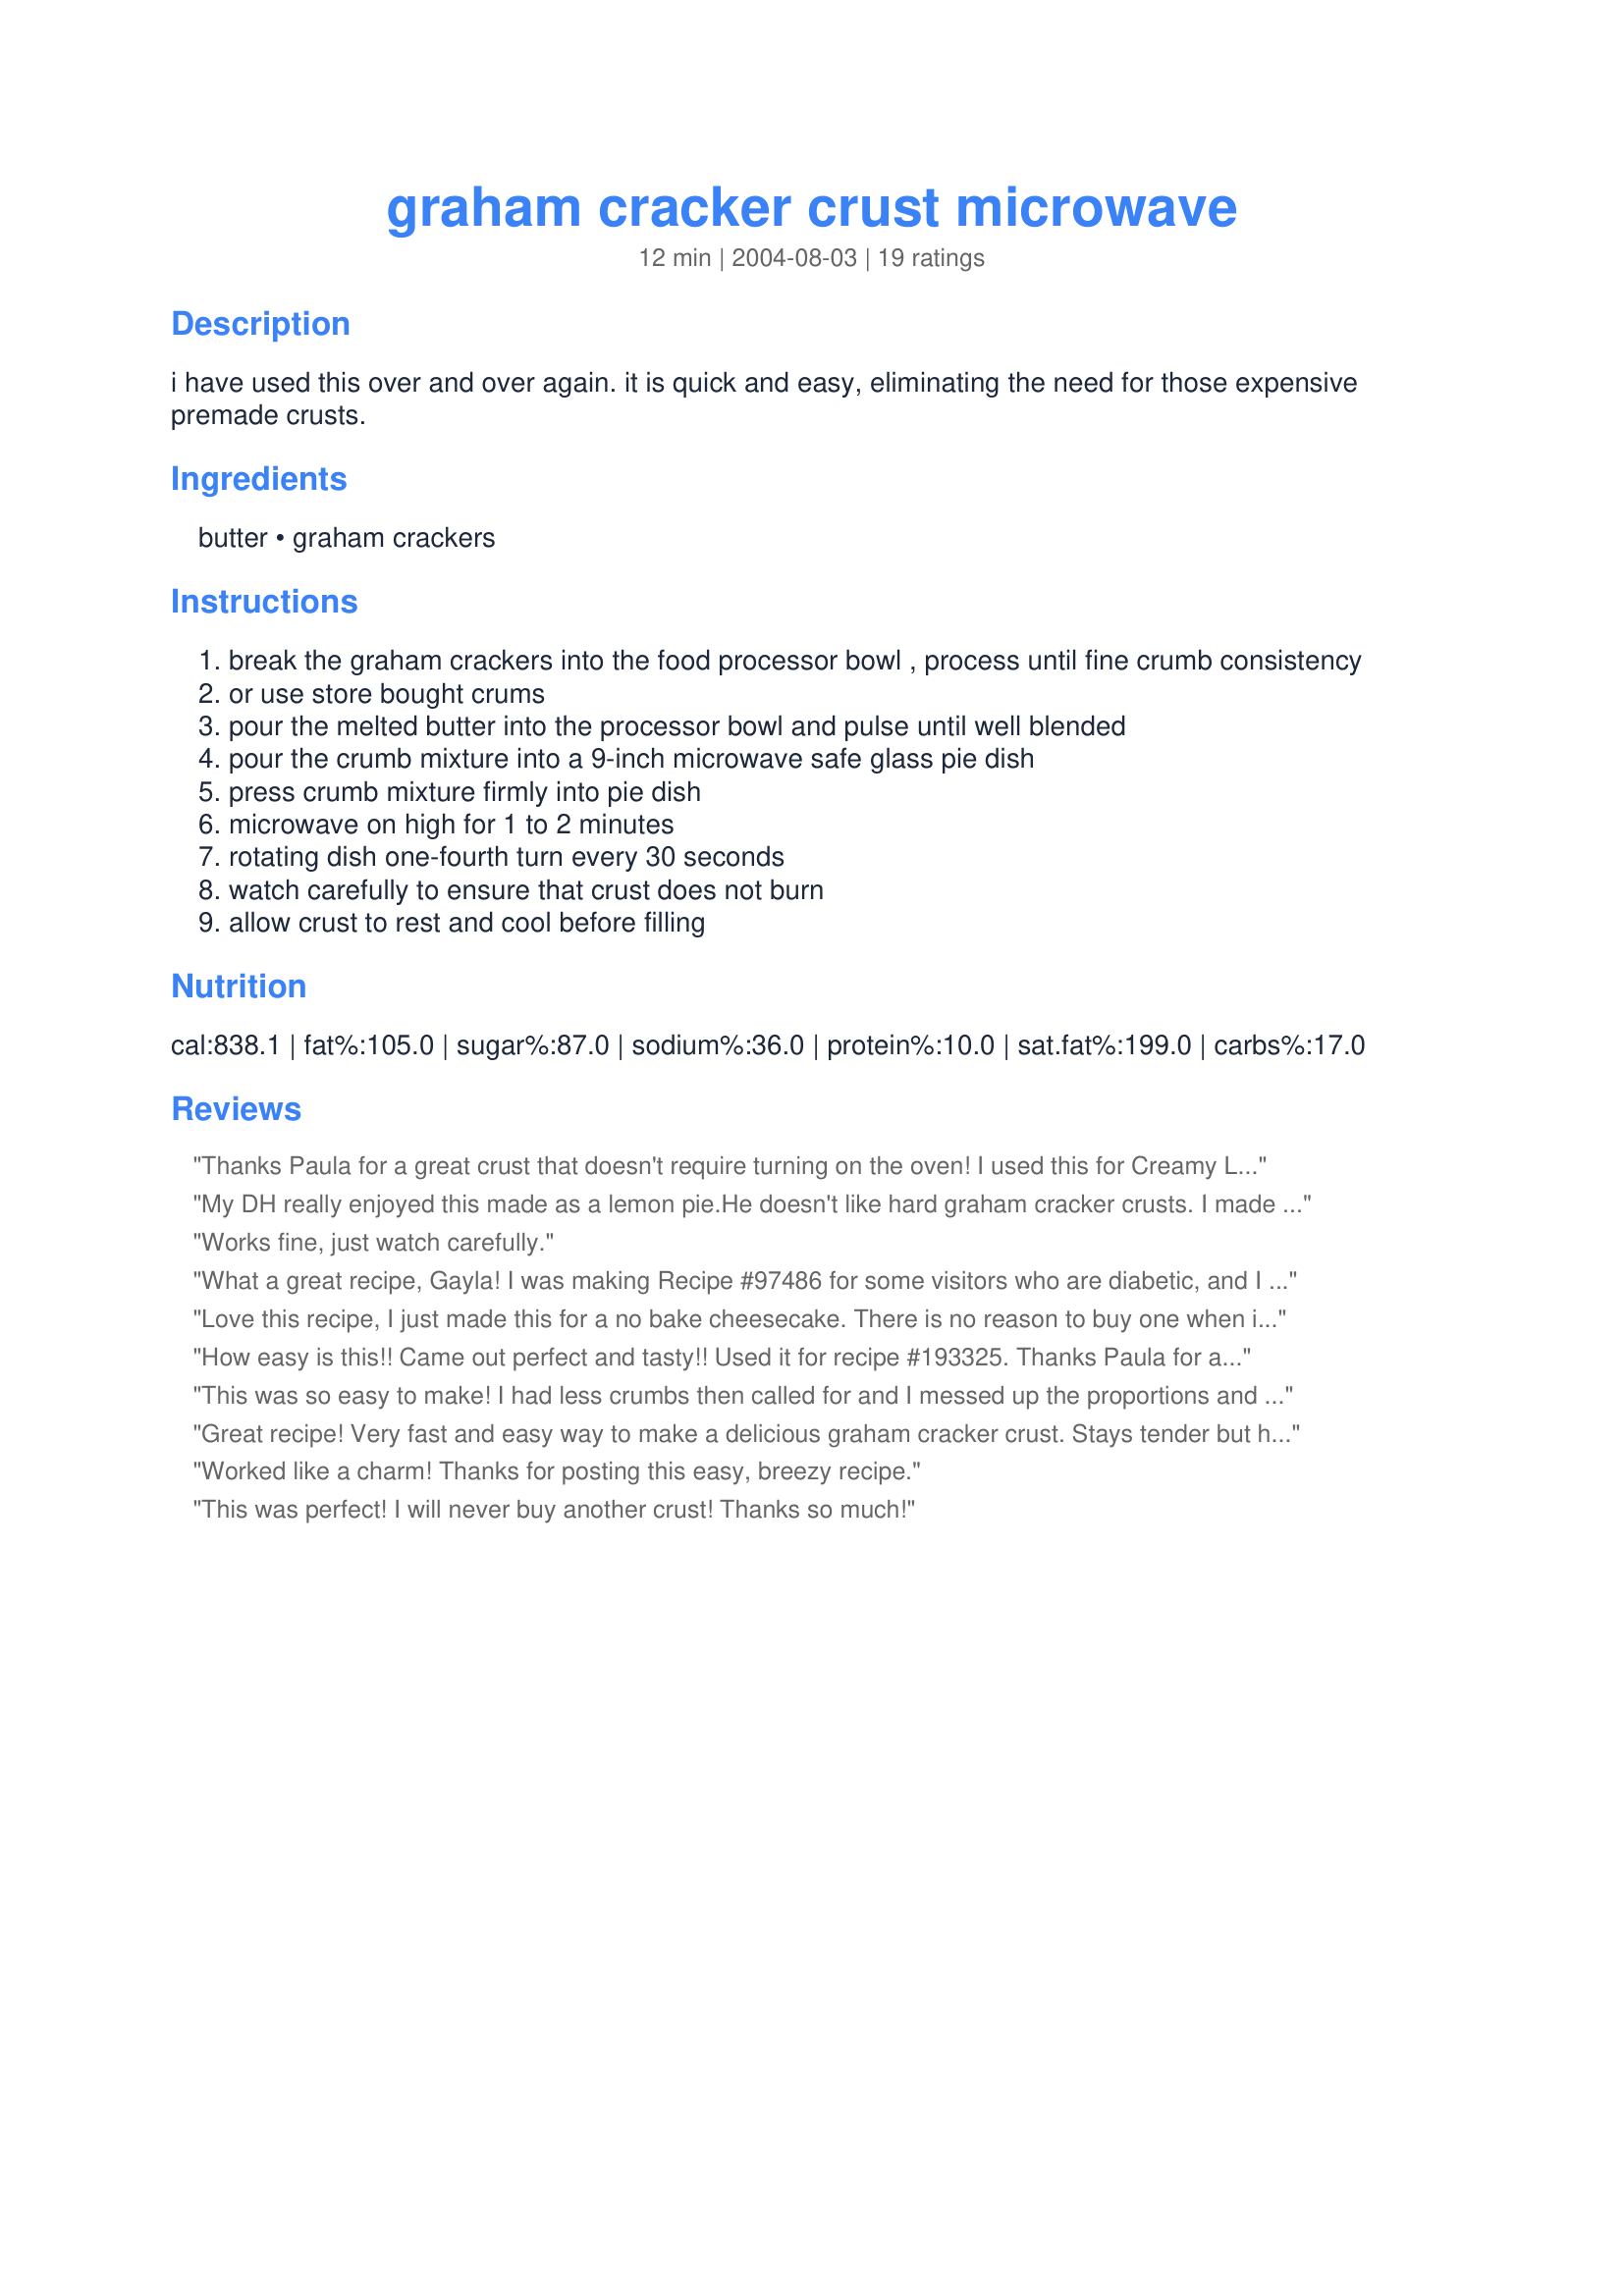
graham cracker crust microwave
Preparation time: 12 minutes

i have used this over and over again. it is quick and easy, eliminating the need for those expensive premade crusts.

Ingredients:
butter, graham crackers

Steps:
break the graham crackers into the food processor bowl , process until fine crumb consistency
or use store bought crums
pour the melted butter into the processor bowl and pulse until well blended
pour the crumb mixture into a 9-inch microwave safe glass pie dish
press crumb mixture firmly into pie dish
microwave on high for 1 to 2 minutes
rotating dish one-fourth turn every 30 seconds
watch carefully to ensure that crust does not burn
allow crust to rest and cool before filling

Reviews:
Thanks Paula for a great crust that doesn't require turning on the oven! I used this for Creamy Lemon Pie (Light) #96877 for a tasty treaat on a hot day! Made for Choose your Event party.
My DH really enjoyed this made as a lemon pie.He doesn't like hard graham cracker crusts. I made it with soft margarine and didn't melt it, just used a fork and mixed it in. It came out very crumbly. I had to scrape it off the pie pan for each slice as it was still just crumbs, it didn't hold together. I liked being able to make in the micro. I will made it again and use butter next time.I baked for 3 min. and 30 sec. in my 800W micro. --UPDATE. We ate 3/4 of the pie while it was still warm. The crust firmed up nicely when it got cold and held together fine.
Works fine, just watch carefully.
What a great recipe, Gayla! I was making Recipe #97486 for some visitors who are diabetic, and I wanted a graham cracker crust with no added sugar. I also love how much quicker it was to prepare than a traditional graham cracker crust because of using the microwave. It wasn't as firm as a baked crust but that didn't matter since the cheesecake bars were so light. Thanks so much for sharing!
Love this recipe, I just made this for a no bake cheesecake. There is no reason to buy one when it is this simple. I did use cinnamon & sugar graham crackers thats what I had on hand. Great recipe thanks so much for sharing!
How easy is this!! Came out perfect and tasty!! Used it for recipe #193325. Thanks Paula for a great crust!!
This was so easy to make! I had less crumbs then called for and I messed up the proportions and used too much butter thus making my crust stick to the pan. But it was so easy and tasty that I know this is my new way to make graham cracker crusts. No point in baking them! Thanks so much for another winner, Paula!
Great recipe! Very fast and easy way to make a delicious graham cracker crust. Stays tender but holds together well. I made this tonight with Silky Chocolate Peanut Butter Pie and will be using this recipe again and again. Also a vast improvement over the ready made crusts that have been in the baking aisle for who knows how long. Thanks, Paula!
Worked like a charm! Thanks for posting this easy, breezy recipe.
This was perfect! I will never buy another crust! Thanks so much!
This is quick and easy, and tastes great. I love that it has no added sugar. I used low-fat graham crackers to offset the fat from the butter. This will be my "go-to" graham crust from now on. (I wonder why we thought we needed extra sugar all these years-the fillings are usually sweet enough!)
Easy, fast, and so delicious, despite having only 2 ingredients. We were picking up every last crumb of this crust to eat. I doubt I will ever buy a premade graham shell again, this was much better.
Great crust, this is now my go to summer crust. Thanks for posting Paula.
Yum! I liked that I could control the ingredients. Added some almonds and the nutty/graham flavor was out of this world! Easy, easy, easy!
Too easy! I'll never buy a graham cracker crust again. I only have a mini food processor, so I made the crumbs in batches and then mixed the butter in with a fork in a medium-sized bowl. My pie pan was 9.5in, so I increased the recipe to 12 crackers and 7 tablespoons of butter. I microwaved for 2 minutes, then cooled. Perfect! Thanks for this great time-saver.
This was so easy to make, my DGD and I didn't have any problems. I have even made it a few times without her supervision, and it turned out great!! I was recomending this recipe to a member in Q and A when I realized I hadn't reviewed it yet. I will never again waste my money on a store bought crumbled Graham Cracker crust. Thanks, Paula.
jim
This was really simple and easy to put together when you do not have a premade one to use. I used it with recipe #135876 and it turned out great. Thanks for posting.
Made a very good crust for a last-minute recipe. I will use this regularly, especially now that it's way too hot to get my oven going. This worked well with Marie biscuits/cookies (in lieu of graham crackers, which I could not lay my hands on).
Easy and delicious. I had graham cracker crumbs leftover from Christmas. Other recipes call for sugar but didn't need it at all. Plenty sweet enough. Made for AZ/NZ tag.
